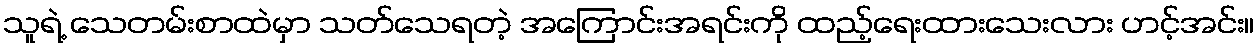
သူရဲ့ သေတမ်းစာထဲမှာ သတ်သေရတဲ့ အကြောင်းအရင်းကို ထည့်ရေးထားသေးလား ဟင့်အင်း။